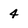
Character: 4